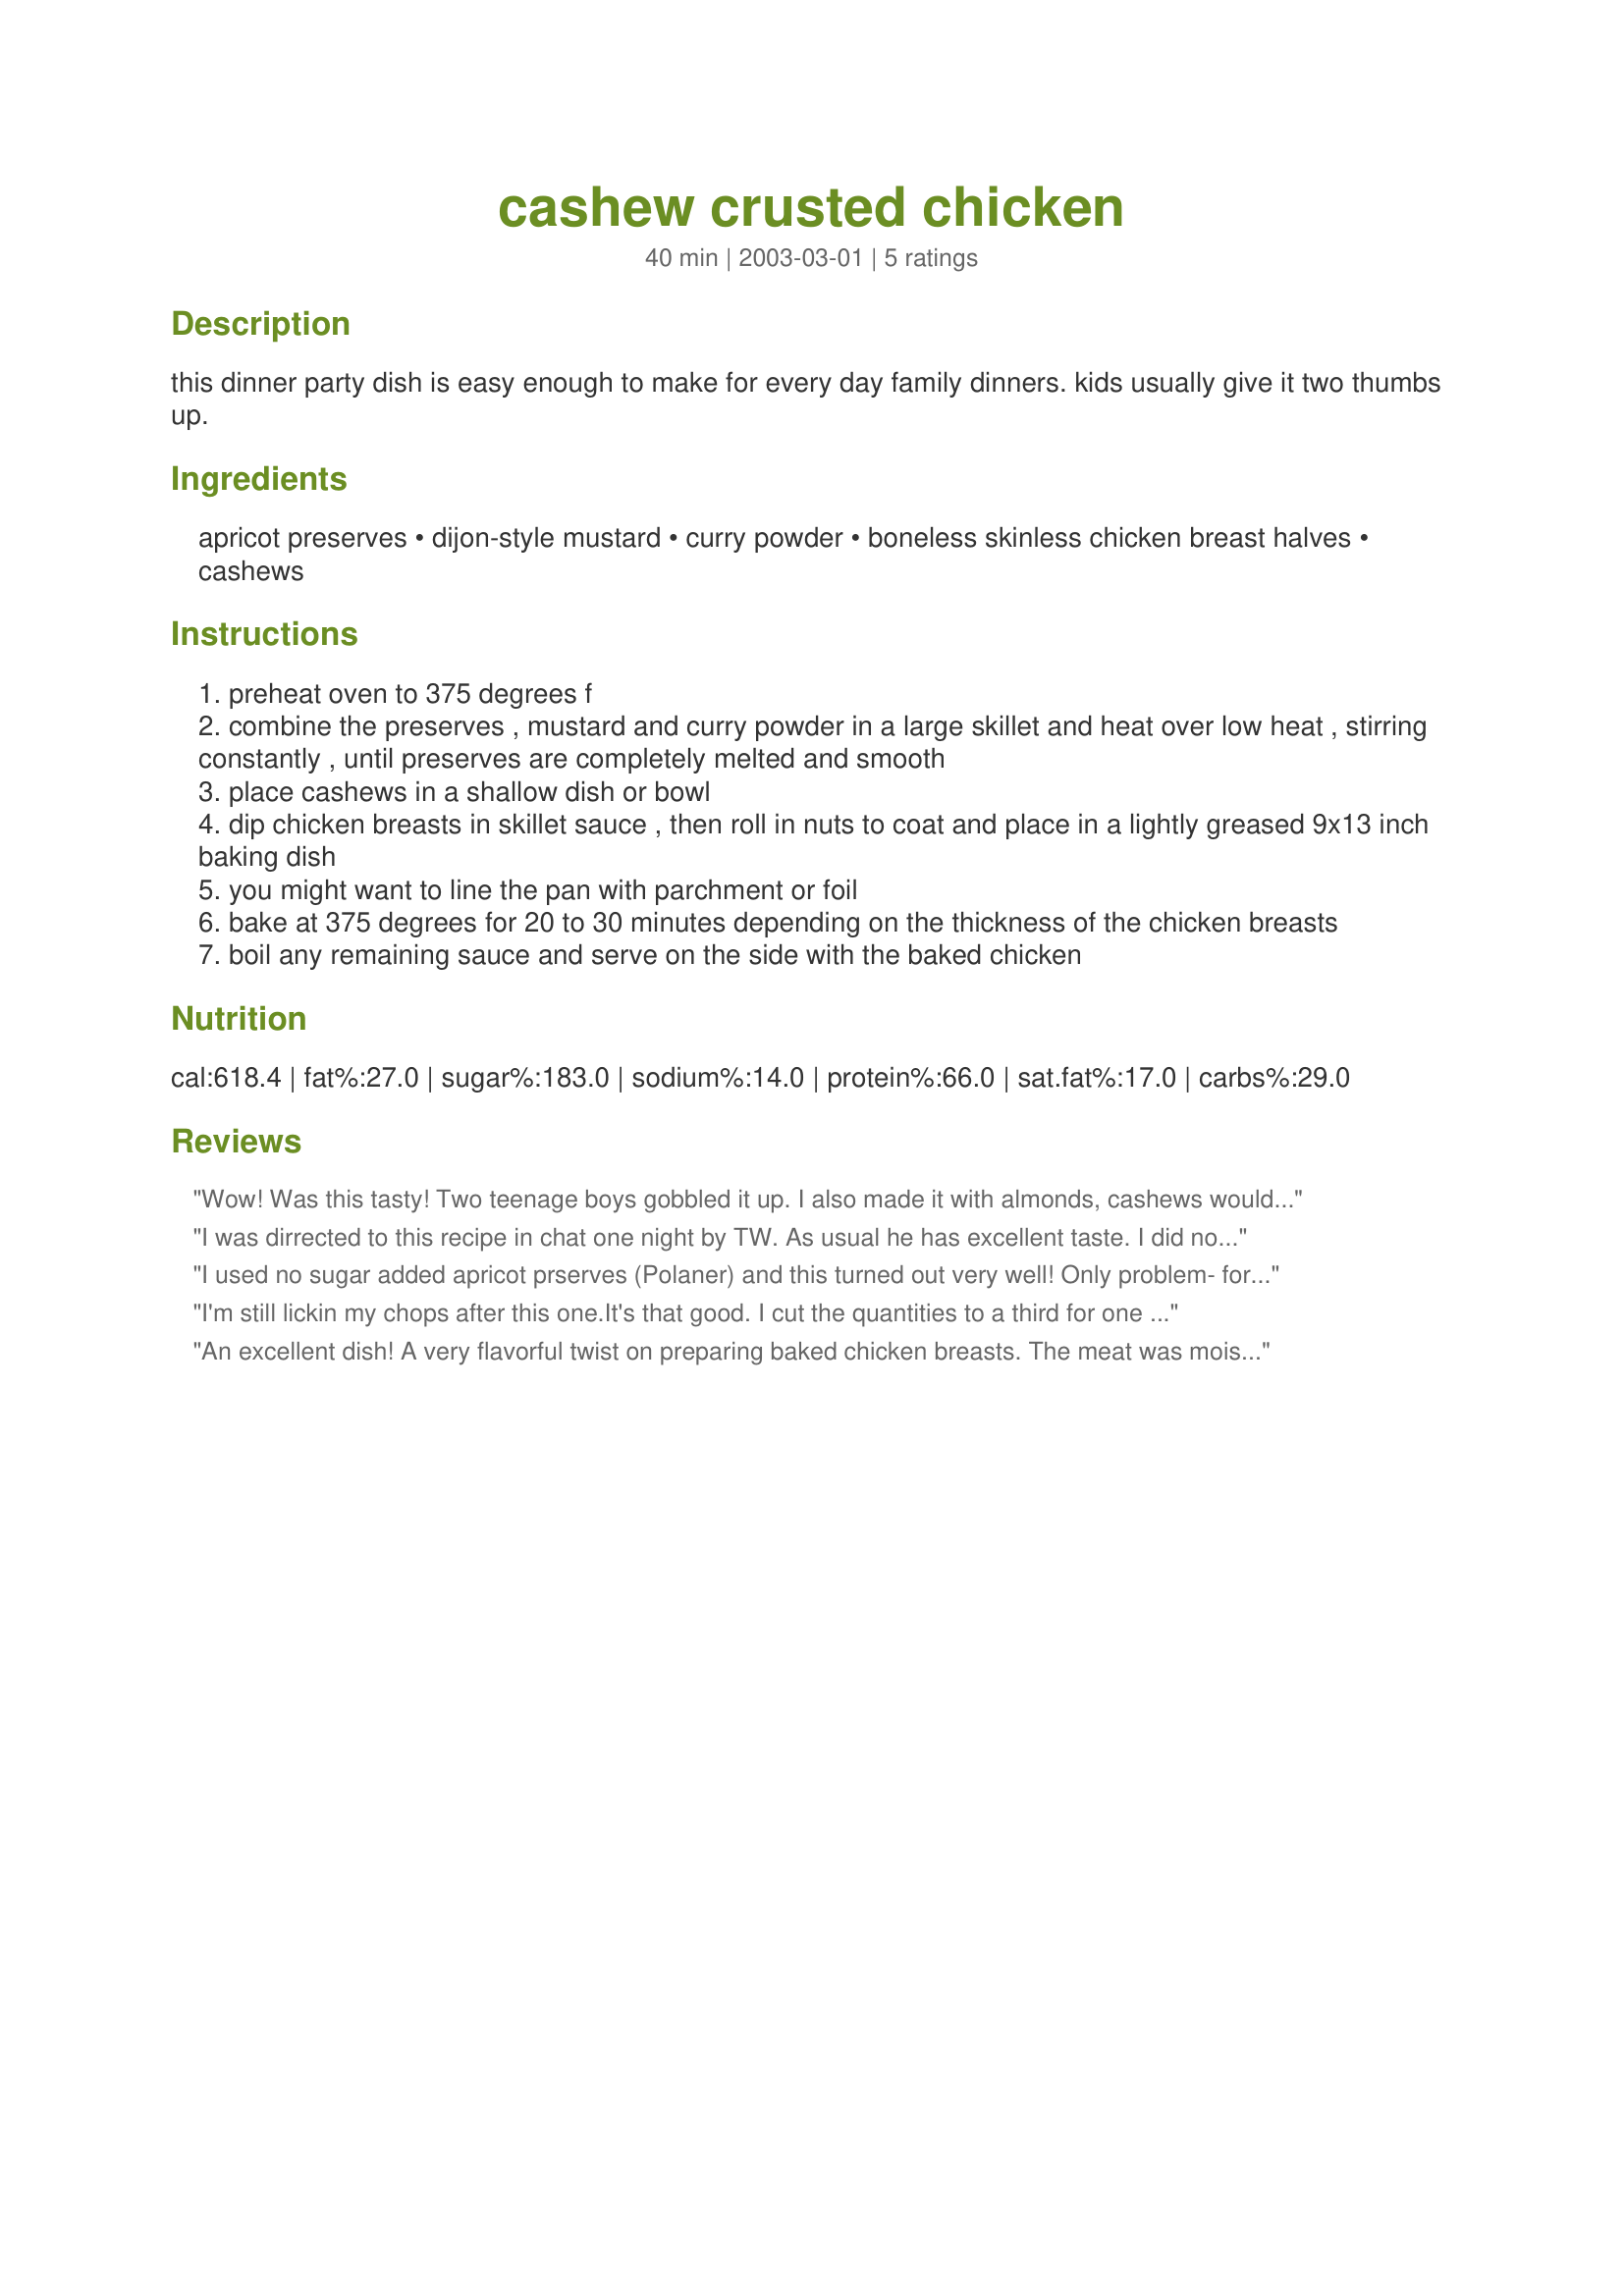
cashew crusted chicken
Preparation time: 40 minutes

this dinner party dish is easy enough to make for every day family dinners. kids usually give it two thumbs up.

Ingredients:
apricot preserves, dijon-style mustard, curry powder, boneless skinless chicken breast halves, cashews

Steps:
preheat oven to 375 degrees f
combine the preserves , mustard and curry powder in a large skillet and heat over low heat , stirring constantly , until preserves are completely melted and smooth
place cashews in a shallow dish or bowl
dip chicken breasts in skillet sauce , then roll in nuts to coat and place in a lightly greased 9x13 inch baking dish
you might want to line the pan with parchment or foil
bake at 375 degrees for 20 to 30 minutes depending on the thickness of the chicken breasts
boil any remaining sauce and serve on the side with the baked chicken

Reviews:
Wow! Was this tasty! Two teenage boys gobbled it up. I also made it with almonds, cashews would be out of this world good! Thanks for sharing. It was outstanding!
I was dirrected to this recipe in chat one night by TW. As usual he has excellent taste. I did not make it according to your recipe but used it as a base since I did not have either apricot jam or cashews. Instead I substituted green pepper jelly and chopped pecans. Also used bone in chicken breasts. I got a lovely, juicy, crunchy piece of chicken that was slightly sweet and with just a bit of a bite from the jalapeno in the pepper jelly and the dijon mustard teased my tastebuds in the background. Had it with a baked potatoe and was thoughrouly satified. Thanks for a great recipe. Danzy
I used no sugar added apricot prserves (Polaner) and this turned out very well! Only problem- for my chicken to cook through, some of my cashews burned on top, so we had to pick them off. But, overall, very good, even with the sugar free preserves.
I'm still lickin my chops after this one.It's that good. I cut the quantities to a third for one large breast, heated The marinde in a pyrex cup in the microwave,And spread it on the breast with the back of a spoon. Zapped the nuts in a mini-blender and patted them into the goo. Baked it in one of those throwaay pie tins to ease the cleanup.. Juicey, durn near cut-with-a-fork tender and deeelicious!!
I normally give a four as my top score reserving the fifth for supriseing me. This one Really deserves that Fifth For ease and convenience.
T.
An excellent dish! A very flavorful twist on preparing baked chicken breasts. The meat was moist and tender, with the crunchy coating of nuts outside. I used No sugar added preserves to cut the carbs, and actually substituted almonds for the cashews for the same reason. (I love cashews, but they have 4 times the carb count. If I had used cashews I imagine five stars wouldn't be enough. LOL)

Thank you for sharing this recipe.
